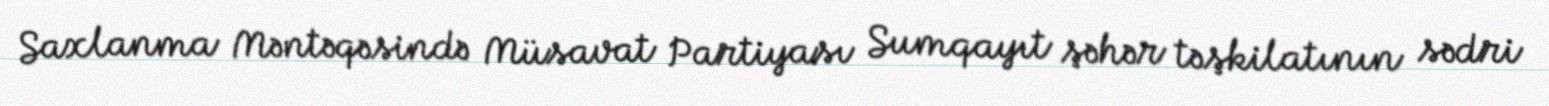
Saxlanma Məntəqəsində Müsavat Partiyası Sumqayıt şəhər təşkilatının sədri